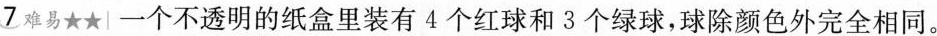
7 难易★★|一个不透明的纸盒里装有 4 个红球和 3 个绿球，球除颜色外完全相同。